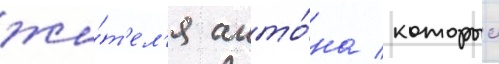
жи́т'ел'я анто́на / которыи